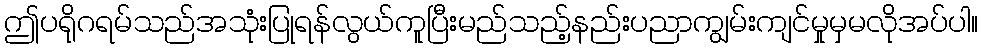
ဤပရိုဂရမ်သည်အသုံးပြုရန်လွယ်ကူပြီးမည်သည့်နည်းပညာကျွမ်းကျင်မှုမှမလိုအပ်ပါ။